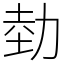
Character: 勎